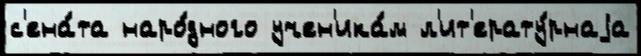
с'ена́та наро́дного учен'ика́м л'ит'ерату́рнаjа